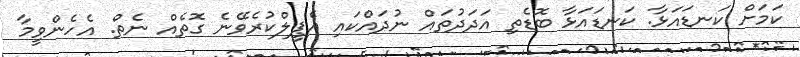
ކަމަށް ކަނޑައަޅާ. ކަނޑައަޅާ ބޮޑެތި އަދަދުތައް ނުދައްކައި އެޕީލްކުރެވޭނެ ގޮތެއް ނެތް. އެހެންވީމާ